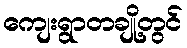
ကျေးရွာတချို့တွင်